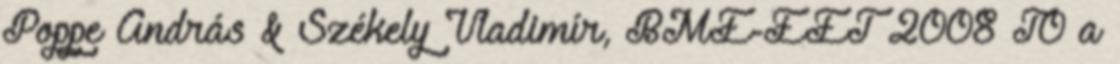
Poppe András & Székely Vladimír, BME-EET 2008 T0 a